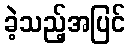
ခဲ့သည့်အပြင်